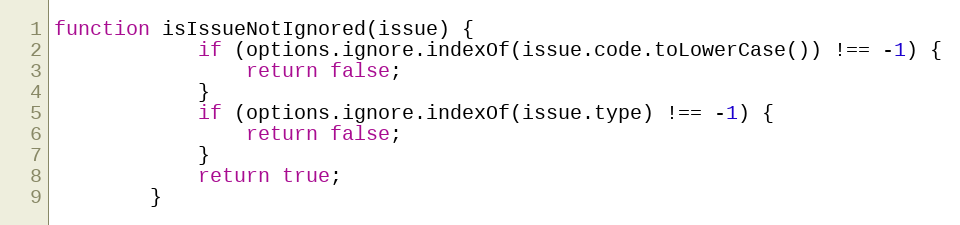
Language: JavaScript
function isIssueNotIgnored(issue) {
			if (options.ignore.indexOf(issue.code.toLowerCase()) !== -1) {
				return false;
			}
			if (options.ignore.indexOf(issue.type) !== -1) {
				return false;
			}
			return true;
		}